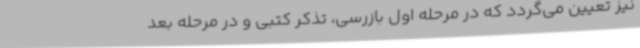
نیز تعیین می‌گردد که در مرحله اول بازرسی، تذکر کتبی و در مرحله بعد